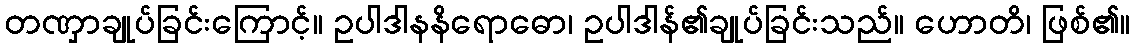
တဏှာချုပ်ခြင်းကြောင့်။ ဥပါဒါနနိရောဓော၊ ဥပါဒါန်၏ချုပ်ခြင်းသည်။ ဟောတိ၊ ဖြစ်၏။